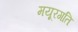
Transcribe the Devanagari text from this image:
मयूरगति